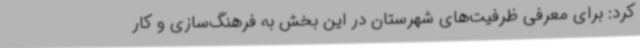
کرد: برای معرفی ظرفیت‌های شهرستان در این بخش به فرهنگ‌سازی و کار